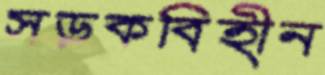
সড়কবিহীন